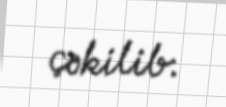
çəkilib.